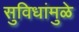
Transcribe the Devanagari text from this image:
सुविधांमुळे